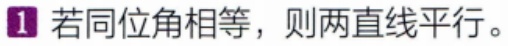
若同位角相等，则两直线平行。